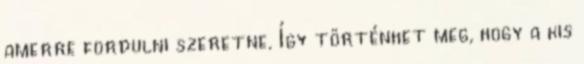
amerre fordulni szeretne. Így történhet meg, hogy a kis